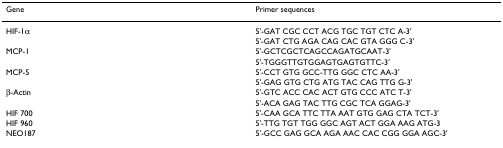
<table><thead><tr><td><b>Gene</b></td><td><b>Primer sequences</b></td></tr></thead><tbody><tr><td>HIF-1α</td><td>5&#x27;-GAT CGC CCT ACG TGC TGT CTC A-3&#x27;</td></tr><tr><td></td><td>5&#x27;-GAT CTG AGA CAG CAC GTA GGG C-3&#x27;</td></tr><tr><td>MCP-1</td><td>5&#x27;-GCTCGCTCAGCCAGATGCAAT-3&#x27;</td></tr><tr><td></td><td>5&#x27;-TGGGTTGTGGAGTGAGTGTTC-3&#x27;</td></tr><tr><td>MCP-5</td><td>5&#x27;-CCT GTG GCC-TTG GGC CTC AA-3&#x27;</td></tr><tr><td></td><td>5&#x27;-GAG GTG CTG ATG TAC CAG TTG G-3&#x27;</td></tr><tr><td>β-Actin</td><td>5&#x27;-GTC ACC CAC ACT GTG CCC ATC T-3&#x27;</td></tr><tr><td></td><td>5&#x27;-ACA GAG TAC TTG CGC TCA GGAG-3&#x27;</td></tr><tr><td>HIF 700</td><td>5&#x27;-CAA GCA TTC TTA AAT GTG GAG CTA TCT-3&#x27;</td></tr><tr><td>HIF 960</td><td>5&#x27;-TTG TGT TGG GGC AGT ACT GGA AAG ATG-3</td></tr><tr><td>NEO187</td><td>5&#x27;-GCC GAG GCA AGA AAC CAC CGG GGA AGC-3&#x27;</td></tr></tbody></table>